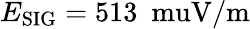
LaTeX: E_{\mathrm{SIG}}=513~\mathrm{\ muV/m}